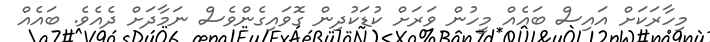
މިހާރަކަށް އައިސް ބައެއް މީހުން ވަރަށް ކުޑަކުދިން ގޮވައިގެންވެސް ނަމާދަށް ދެއެވެ. ބައެއް